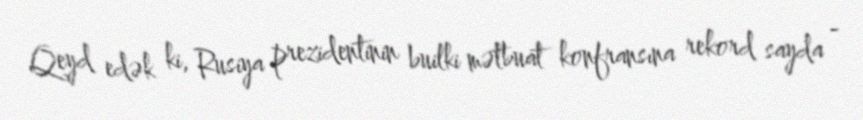
Qeyd edək ki, Rusiya prezidentinin builki mətbuat konfransına rekord sayda -